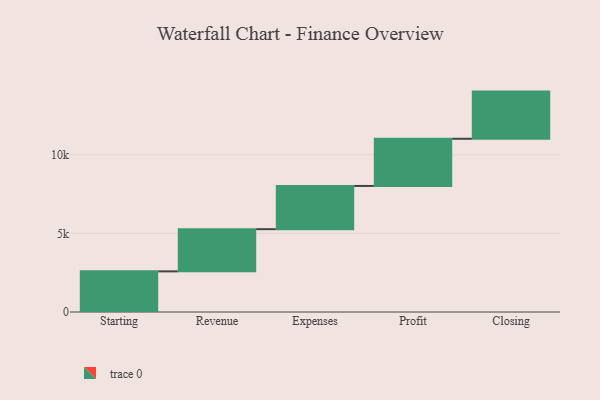
{"axis": {"x": "Step", "y": "Value"}, "legend": [""], "data": [{"x": "Starting", "y": 2584.0, "type": ""}, {"x": "Revenue", "y": 2683.0, "type": ""}, {"x": "Expenses", "y": 2748.0, "type": ""}, {"x": "Profit", "y": 3000, "type": ""}, {"x": "Closing", "y": 3000, "type": ""}]}